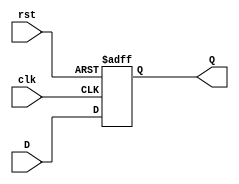

module DFlipFlop
(input clk, input rst, input D, output reg Q);
always @ (posedge clk or posedge rst) 
if (rst) begin
Q <= 1'b0;
end else begin 
Q <= D;
end 
endmodule